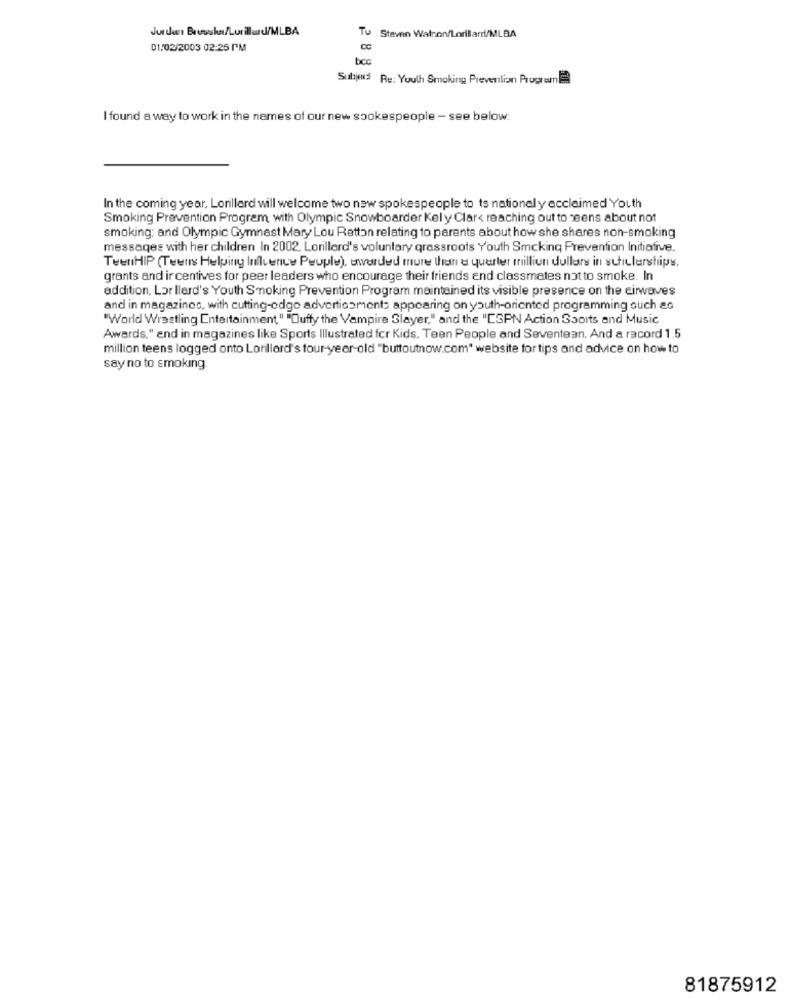
Jur dan Bausasha/Lurillaud/MLBA
Steven Watcon/Lorillard/MLBA
01/02/2003 02:25 IM
CC
bec
Subje Re: Youlh Smoking Prevention Propre
I found a way to work in the names of our new spokespeople - see below:
In the coming year, Lorillard will welcome two new spokespeople to ts national y acclaimed Youth
Smoking Prevention Program, with Olympic Snowboarder Kely Clar< reaching out to seens about not
smoking: and Olympic Gymnast Mary Lou Retton relating to parents about how she shares non-smoking
messages with her children In 2002. Lorillard's voluntary grassroots Youth Smcking Prevention Initiative.
TeenHIP (Teens Helping Influence Peuple), enworded mure then a quarter million dollars in schulerships,
grants and ir centives for peer leaders who encourage their friends end classmates not to smoke. In
addition, Lor llerd's Youth Smoking Prevention Program maintained its visible presence on the cirwaves
and in magazines, with cutting-edge advertiosment: appearing on youth-oriented programming ouch ao
"World Wrestling Entertainment, " "Duffy the Vampire Slayer," and the "ESPN Action Sports and Music
Awards," and in magazines like Sports Illustrated for Kids. Teen People and Seventean. And a record 1.5
million teens logged onto Lorillard's four-year-old "buttoutnow.com" website for tips and advice on how to
say no to smoking
81875912